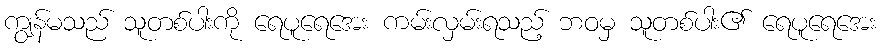
ကျွန်မသည် သူတစ်ပါးကို ရေပူရေအေး ကမ်းလှမ်းရသည့် ဘဝမှ သူတစ်ပါး၏ ရေပူရေအေး